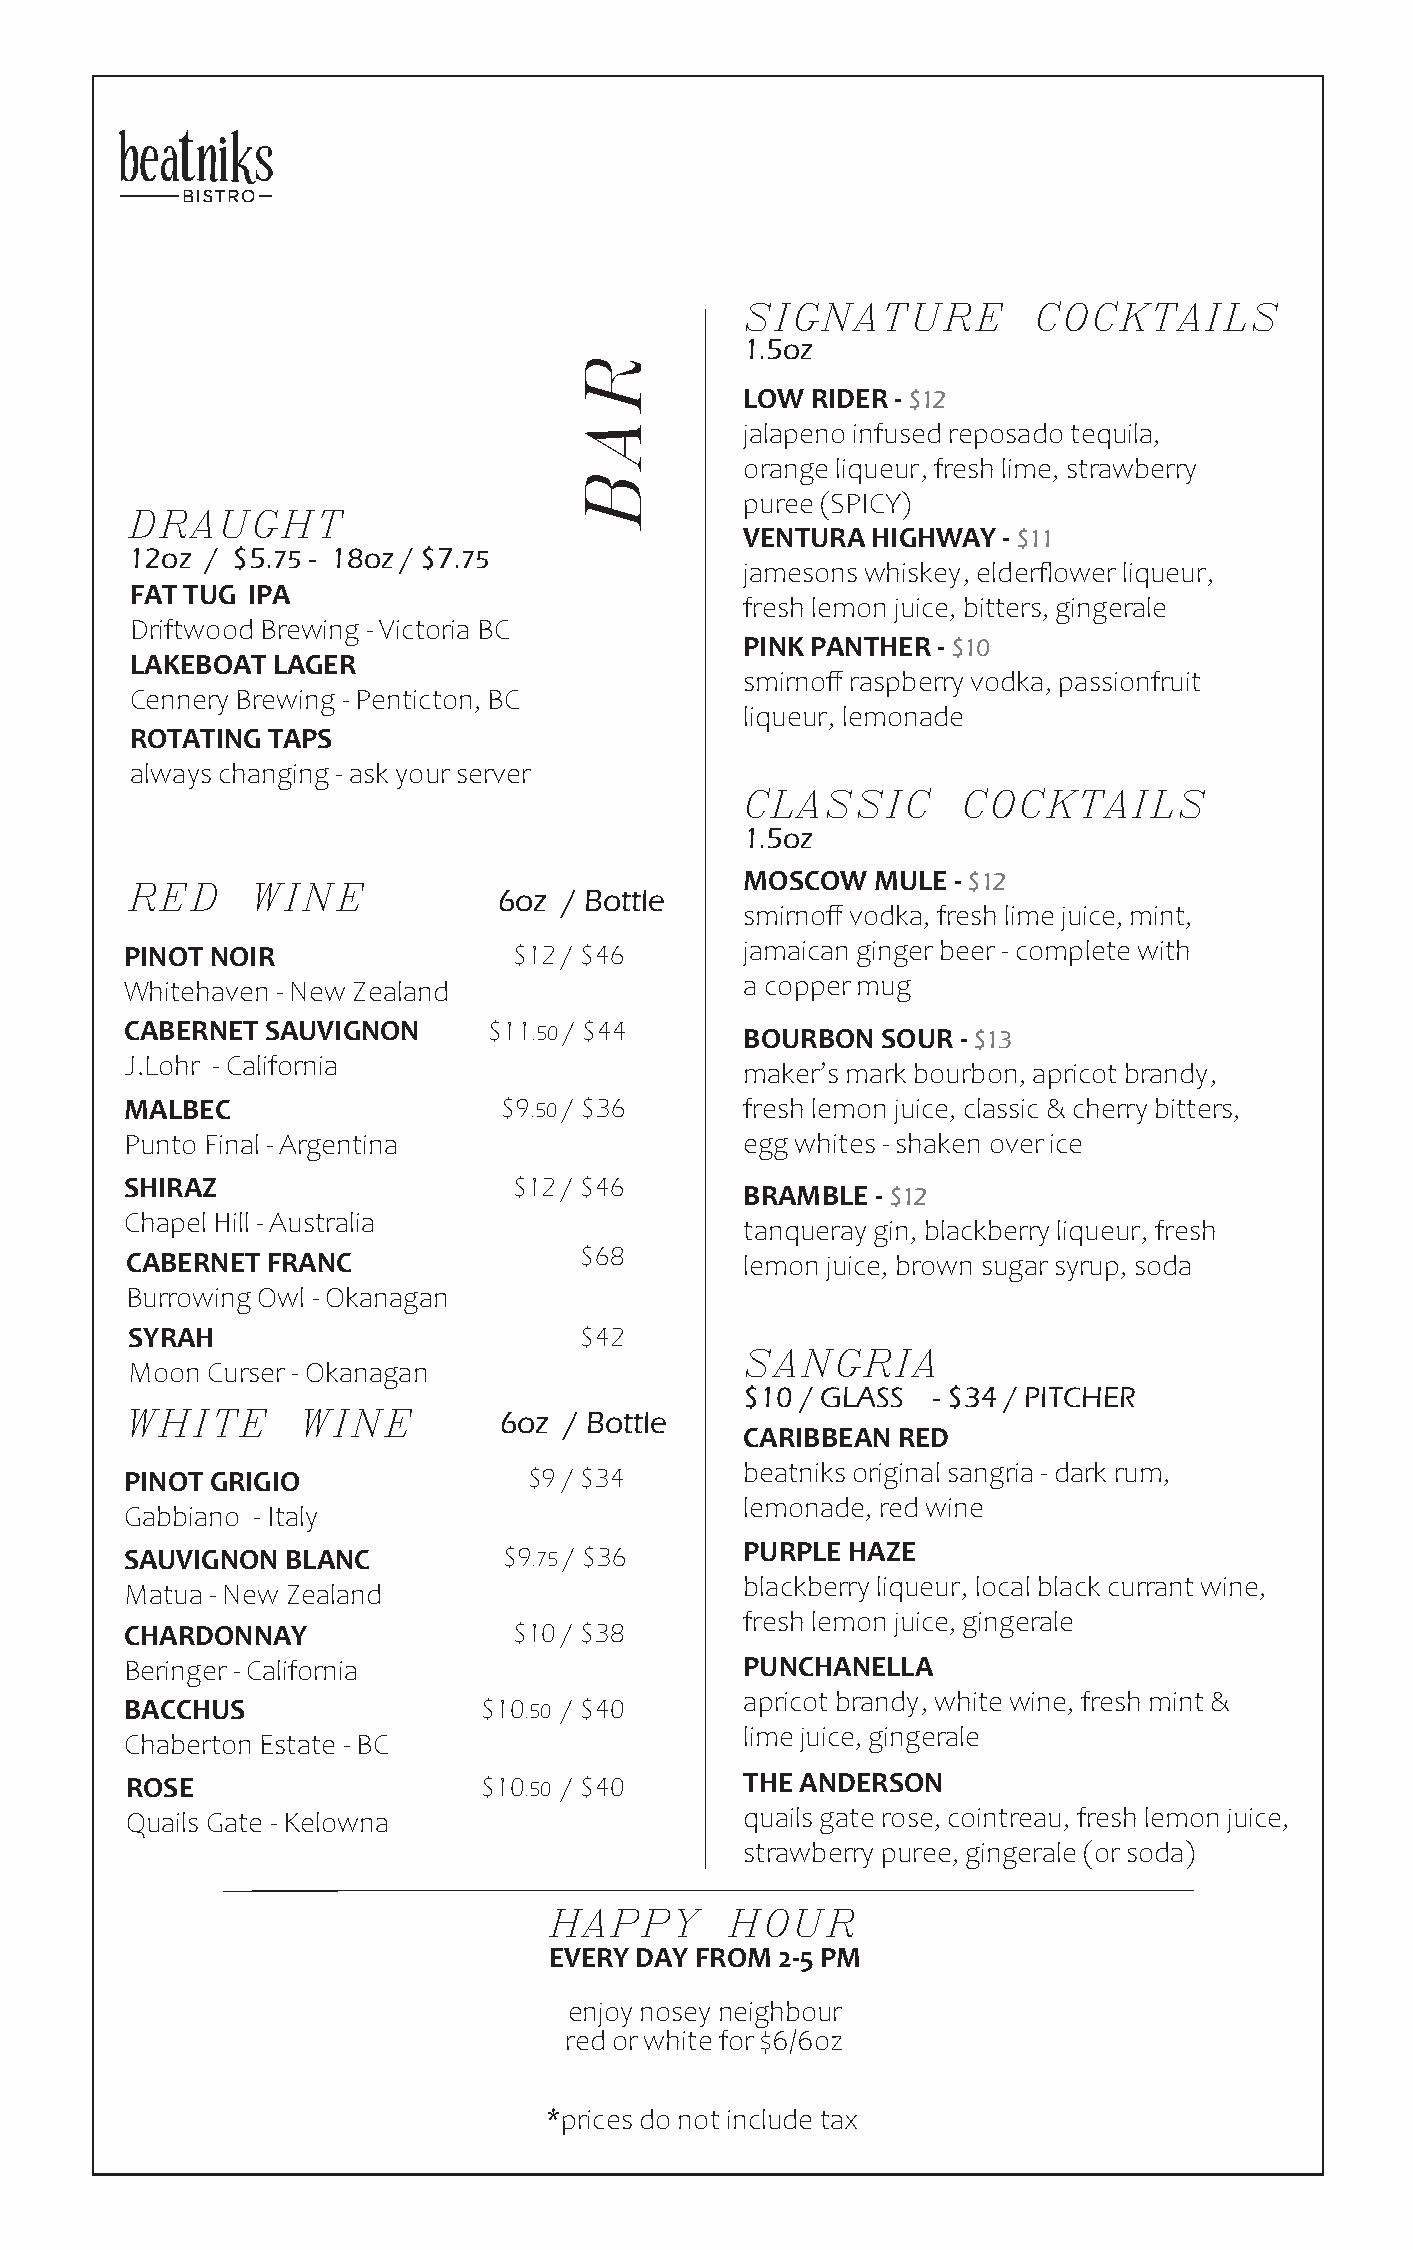
SIGNATURE          COCKTAILS
 1.5oz
 LOW  RIDER - $12
 jalapeno infused reposado tequila,
 orange liqueur, fresh lime, strawberry
 puree (SPICY)
 DRAUGHT
 VENTURA  HIGHWAY - $11
 12oz  / $5.75 - 18oz / $7.75
 jamesons whiskey, elderflower liqueur,
 FAT TUG IPA
 fresh lemon juice, bitters, gingerale
 Driftwood Brewing - Victoria BC
 PINK PANTHER - $10
 LAKEBOAT LAGER
 smirnoff raspberry vodka, passionfruit
 Cennery Brewing - Penticton, BC
 liqueur, lemonade
 ROTATING TAPS
 always changing - ask your server
 CLASSIC        COCKTAILS
 1.5oz
 MOSCOW   MULE - $12
 RED      WINE            6oz / Bottle
 smirnoff vodka, fresh lime juice, mint,
 PINOT NOIR                $ 1 2 / $ 46   jamaican ginger beer - complete with
 a copper mug
 Whitehaven - New Zealand
 CABERNET  SAUVIGNON     $ 1 1 . 5 0 / $ 4 4 BOURBON SOUR - $13
 J.Lohr - California
 maker’s mark bourbon, apricot brandy,
 MALBEC                   $ 9 . 5 0 / $ 3 6 fresh lemon juice, classic & cherry bitters,
 Punto Final - Argentina                  egg whites - shaken over ice
 SHIRAZ                    $ 1 2 / $ 4 6
 BRAMBLE  - $12
 Chapel Hill - Australia
 tanqueray gin, blackberry liqueur, fresh
 CABERNET  FRANC               $ 6 8      lemon juice, brown sugar syrup, soda
 Burrowing Owl - Okanagan
 SYRAH                         $ 4 2
 SANGRIA
 Moon  Curser - Okanagan
 $10 / GLASS  - $34 / PITCHER
 WHITE       WINE         6oz / Bottle
 CARIBBEAN RED
 beatniks original sangria - dark rum,
 PINOT GRIGIO               $ 9 / $ 3 4
 lemonade, red wine
 Gabbiano - Italy
 SAUVIGNON  BLANC         $ 9 . 7 5 / $ 3 6 PURPLE HAZE
 blackberry liqueur, local black currant wine,
 Matua - New Zealand
 fresh lemon juice, gingerale
 CHARDONNAY                $10 / $38
 Beringer - California                    PUNCHANELLA
 apricot brandy, white wine, fresh mint &
 BACCHUS                 $ 1 0 .50 / $40
 lime juice, gingerale
 Chaberton Estate - BC
 ROSE                    $10.50 / $40     THE ANDERSON
 Quails Gate - Kelowna                    quails gate rose, cointreau, fresh lemon juice,
 strawberry puree, gingerale (or soda)
 HAPPY       HOUR
 EVERY DAY FROM  2-5 PM
 enjoy nosey neighbour
 red or white for $6/6oz
 *prices do not include tax
 RAB